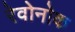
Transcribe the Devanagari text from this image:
रेवोनोक